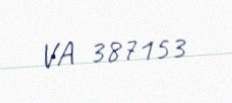
VA 387153